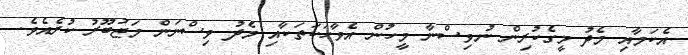
އެކަމާއި މެދު މީގެކުރިން ނުވިސްނާ މީހުން އެވާހަކަތަކާއި މެދު ވިސްނަން މަޖުބޫރު ކުރެއެވެ.